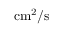
\mathrm { c m ^ { 2 } / s }